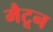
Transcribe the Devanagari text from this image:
मैटून